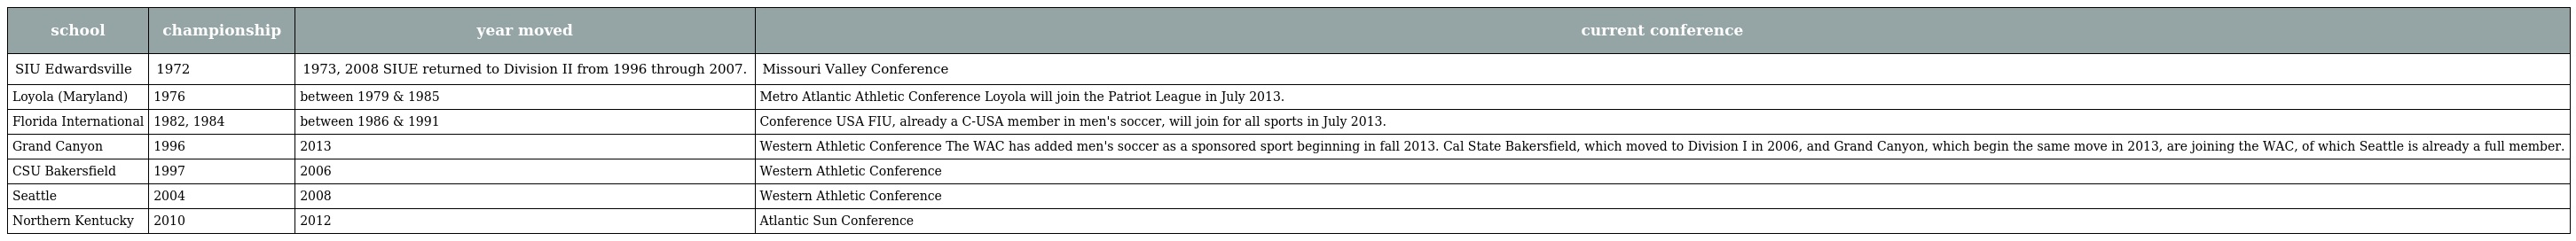
| school | championship | year moved | current conference |
 | --- | --- | --- | --- |
 | SIU Edwardsville | 1972 | 1973, 2008 SIUE returned to Division II from 1996 through 2007. | Missouri Valley Conference |
 | Loyola (Maryland) | 1976 | between 1979 & 1985 | Metro Atlantic Athletic Conference Loyola will join the Patriot League in July 2013. |
 | Florida International | 1982, 1984 | between 1986 & 1991 | Conference USA FIU, already a C-USA member in men's soccer, will join for all sports in July 2013. |
 | Grand Canyon | 1996 | 2013 | Western Athletic Conference The WAC has added men's soccer as a sponsored sport beginning in fall 2013. Cal State Bakersfield, which moved to Division I in 2006, and Grand Canyon, which begin the same move in 2013, are joining the WAC, of which Seattle is already a full member. |
 | CSU Bakersfield | 1997 | 2006 | Western Athletic Conference |
 | Seattle | 2004 | 2008 | Western Athletic Conference |
 | Northern Kentucky | 2010 | 2012 | Atlantic Sun Conference |